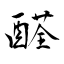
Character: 醛